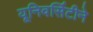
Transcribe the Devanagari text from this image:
यूनिवर्सिटीने